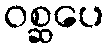
ဝစ္ဆပေ